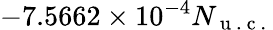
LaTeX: -7.5662\times 10^{-4}N_{\mathrm{~u~.~c~.~}}